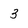
Character: 3